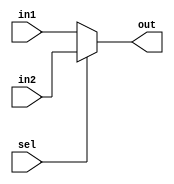


module mux2_64bit(
	input signed [31:0] in1 , 
	input signed [31:0] in2 ,
	
	input sel ,
	
	output signed [31:0] out
);

assign out = (sel==1'b0)?in1:in2 ;

endmodule